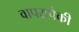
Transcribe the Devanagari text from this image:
वापरापैकी